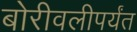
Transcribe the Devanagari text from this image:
बोरीवलीपर्यंत